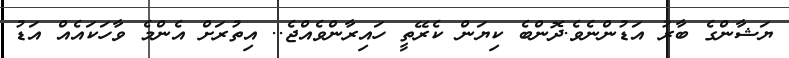
ޔަޝާންގެ ބާރު އަޑުންނެވެ.ދޮންބެ ކިޔަން ކެރޭތީ ހައިރާންވެއްޖެ.. އިތުރަށް އެންމެ ވާހަކައެއް އަޑު